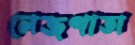
লেজপাতা